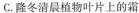
C.隆冬清晨植物叶片上的霜